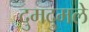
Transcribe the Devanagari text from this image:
दुमदुमले